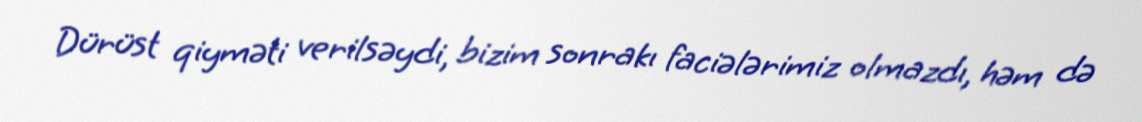
Dürüst qiyməti verilsəydi, bizim sonrakı faciələrimiz olmazdı, həm də